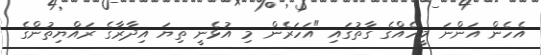
އެހެން އަންނަ މީހެއްގެ ގާތުގައި "އަހަރެން މި އުޅެނީ ތިޔަ އިދާރާގެ ރައްޔިތުންގެ